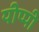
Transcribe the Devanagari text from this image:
यीप्पी